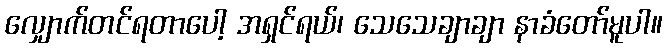
လျှောက်တင်ရတာပေါ့ အရှင်ရယ်၊ သေသေချာချာ နာခံတော်မူပါ။